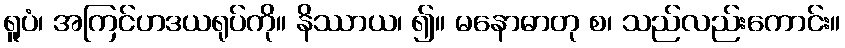
ရူပံ၊ အကြင်ဟဒယရုပ်ကို။ နိဿာယ၊ ၍။ မနောဓာတု စ၊ သည်လည်းကောင်း။